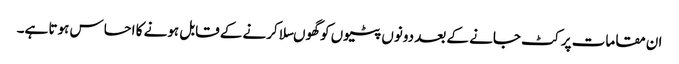
ان مقامات پر کٹ جانے کے بعد دونوں پٹیوں کو گھوںسلا کرنے کے قابل ہونے کا احساس ہوتا ہے۔